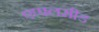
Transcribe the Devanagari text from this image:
एप्पलसीड